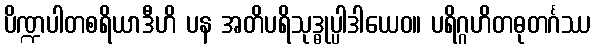
ပိဏ္ဍပါတစရိယာဒီဟိ ပန အတိပရိသုဒ္ဓုပ္ပါဒါယေဝ။ ပရိဂ္ဂဟိတဓုတင်္ဂဿ